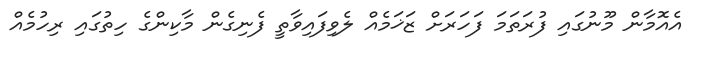
އެއޮމާން މޫނުގައި ފުރަތަމަ ފަހަރަށް ޒަޚަމެއް ލެވިފައިވާތީ ފެނިގެން މާކިންގެ ހިތުގައި ރިހުމެއް